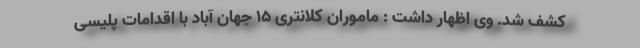
کشف شد. وی اظهار داشت : ماموران کلانتری ۱۵ جهان آباد با اقدامات پلیسی